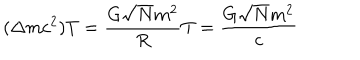
( \Delta m c ^ { 2 } ) T = \frac { G \sqrt { N } m ^ { 2 } } { R } T = \frac { G \sqrt { N } m ^ { 2 } } { c }